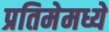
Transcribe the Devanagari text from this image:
प्रतिमेमध्ये